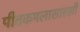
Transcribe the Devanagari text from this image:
पीतकमलासारखी